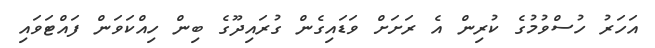
އަހަރު ހުސްވުމުގެ ކުރިން އެ ރަށަށް ވަޑައިގެން ގުރައިދޫގެ ބިން ހިއްކަވަން ފައްޓަވައި